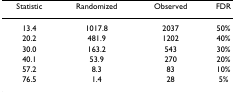
<table><thead><tr><td><b>Statistic</b></td><td><b>Randomized</b></td><td><b>Observed</b></td><td><b>FDR</b></td></tr></thead><tbody><tr><td>13.4</td><td>1017.8</td><td>2037</td><td>50%</td></tr><tr><td>20.2</td><td>481.9</td><td>1202</td><td>40%</td></tr><tr><td>30.0</td><td>163.2</td><td>543</td><td>30%</td></tr><tr><td>40.1</td><td>53.9</td><td>270</td><td>20%</td></tr><tr><td>57.2</td><td>8.3</td><td>83</td><td>10%</td></tr><tr><td>76.5</td><td>1.4</td><td>28</td><td>5%</td></tr></tbody></table>